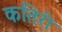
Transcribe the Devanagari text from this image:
कतिरी